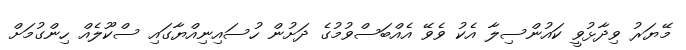
މޭޔަރު ވިދާޅުވީ ކައުންސިލާ އެކު ވެވޭ އެއްބަސްވުމުގެ ދަށުން ހުސައިނިއްޔާގައި ސްކޫލެއް ހިންގުމަށް